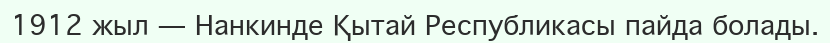
1912 жыл — Нанкинде Қытай Республикасы пайда болады.